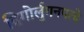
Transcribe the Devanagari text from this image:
द्विगोर्लुगनपत्ये